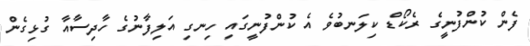
ފެން ކުންފުނީގެ ރެކޯޑް ކިލަނބުވެ އެ ކުންފުނީގައި ހިނގި އަލިފާނުގެ ހާދިސާއާ ގުޅިގެން